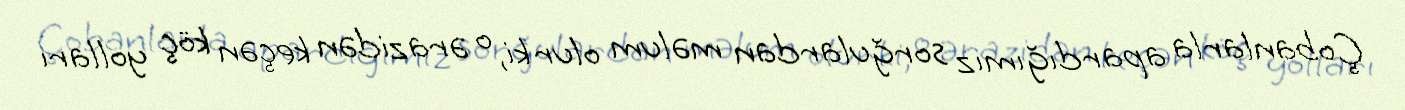
Çobanlarla apardığımız sorğulardan məlum olur ki, o ərazidən keçən köç yolları